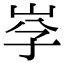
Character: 𡥐